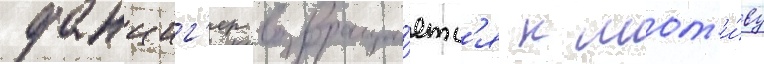
данциг'ер возвраща́етс'я к мот'и́ву